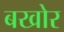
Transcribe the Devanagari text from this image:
बखोर